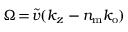
\Omega \! = \! \widetilde { v } ( k _ { z } - n _ { \mathrm { m } } k _ { \mathrm { o } } )